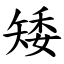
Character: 矮